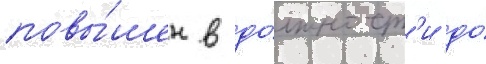
повы́шен в до́лжност'и до́